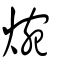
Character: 焥